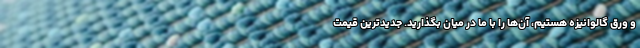
و ورق گالوانیزه هستیم، آن‌ها را با ما در میان بگذارید. جدیدترین قیمت